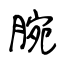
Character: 腕